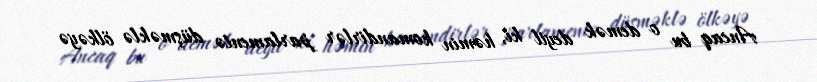
Ancaq bu o demək deyil ki, həmin komandirlər parlamentə düşməklə ölkəyə